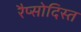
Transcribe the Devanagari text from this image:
रैप्सोदिस्त